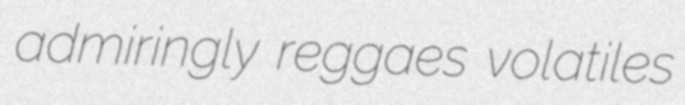
admiringly reggaes volatiles